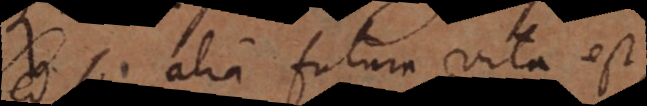
si alia futura vita est,